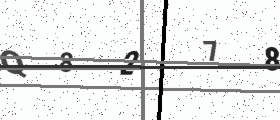
Text: Q8278